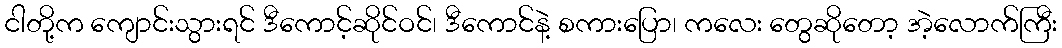
ငါတို့က ကျောင်းသွားရင် ဒီကောင့်ဆိုင်ဝင်၊ ဒီကောင်နဲ့ စကားပြော၊ ကလေး တွေဆိုတော့ အဲ့လောက်ကြီး